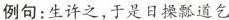
例句：生许之，于是日操瓢道乞